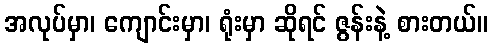
အလုပ်မှာ၊ ကျောင်းမှာ၊ ရုံးမှာ ဆိုရင် ဇွန်းနဲ့ စားတယ်။